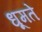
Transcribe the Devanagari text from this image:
धूमते